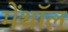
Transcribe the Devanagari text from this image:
मेंथॉल